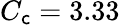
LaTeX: C_{\mathsf{c}}=3.33